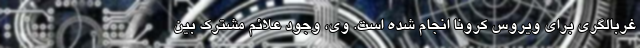
غربالگری برای ویروس کرونا انجام شده است. وی، وجود علائم مشترک بین